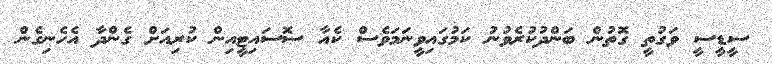
ސީޑީސީ ވަގުތީ ގޮތުން ބަންދުކުރެވުނު ކަމުގައިވީނަމަވެސް ކެއާ ސޮސައިޓީއިން ކުރިއަށް ގެންދާ އެހެނިގެން